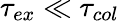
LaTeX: \tau_{ex}\ll\tau_{col}